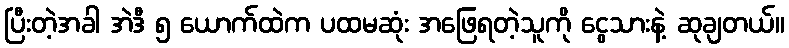
ပြီးတဲ့အခါ အဲဒီ ၅ ယောက်ထဲက ပထမဆုံး အဖြေရတဲ့သူကို ငွေသားနဲ့ ဆုချတယ်။